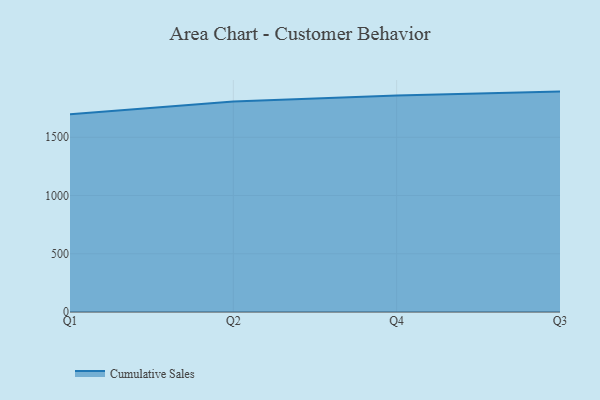
{"axis": {"x": "Quarter", "y": "Energy Usage (MWh)"}, "legend": ["Cumulative Sales"], "data": [{"x": "Q1", "y": 1698.3, "type": "Cumulative Sales"}, {"x": "Q2", "y": 1807.4, "type": "Cumulative Sales"}, {"x": "Q4", "y": 1857.9, "type": "Cumulative Sales"}, {"x": "Q3", "y": 1892.1, "type": "Cumulative Sales"}]}